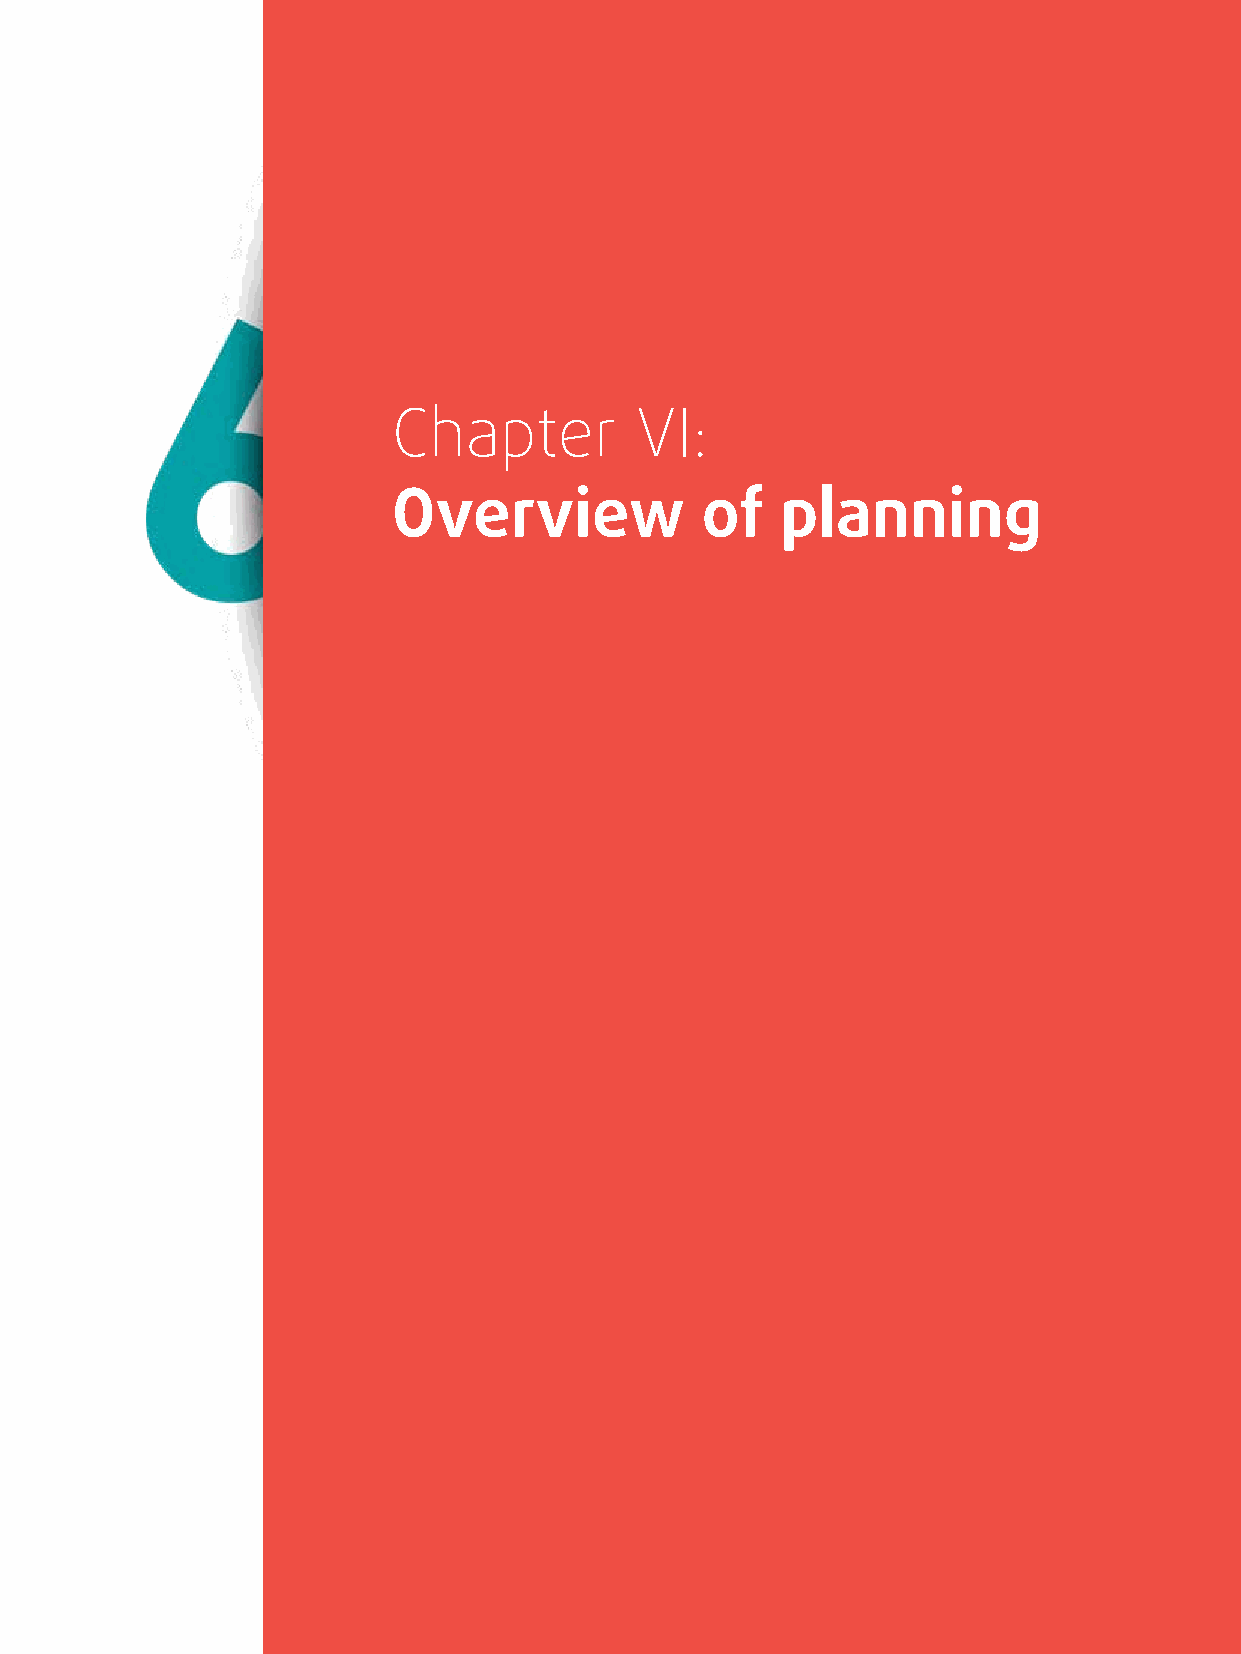
Chapter         VI:
 Overview            of    planning